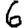
Digit: 6